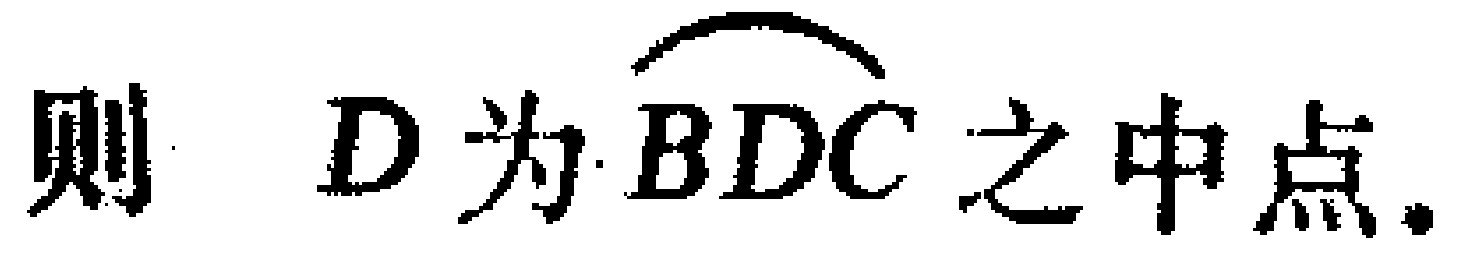
则 \(D\) 为 \(BDC\) 之中点.